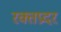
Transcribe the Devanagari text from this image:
रक्तप्रदर